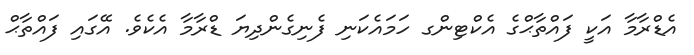
އެޑްރާމާ އަކީ ފައްތާޙްގެ އެކްޓިންގ ހަމައެކަނި ފެނިގެންދިޔަ ޑްރާމާ އެކެވެ. އޭގައި ފައްތާޙް